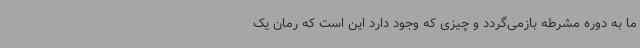
ما به دوره مشرطه بازمی‌گردد و چیزی که وجود دارد این است که رمان یک